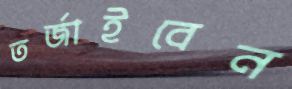
তর্জাইবেন